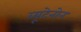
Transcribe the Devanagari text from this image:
ब्यूटेनोन